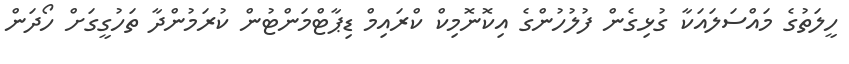
ހީލަތުގެ މައްސަލައަކާ ގުޅިގެން ފުލުހުންގެ އިކޮނޮމިކް ކްރައިމް ޑިޕާޓްމަންޓުން ކުރަމުންދާ ތަހުގީގަށް ހޯދަން